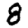
Digit: 8